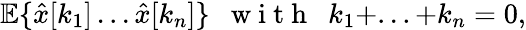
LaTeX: {\mathbb E}\{ \hat{x}[k_{1}]\, ...\hat{x}[k_{n}]\} ~~\mathrm{~w~i~t~h~}~~k_{1}+...+k_{n}=0,